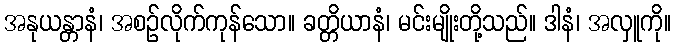
အနုယန္တာနံ၊ အစဉ်လိုက်ကုန်သော။ ခတ္တိယာနံ၊ မင်းမျိုးတို့သည်။ ဒါနံ၊ အလှူကို။